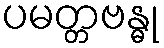
ပမတ္တဗန္ဓု